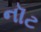
નૉટ